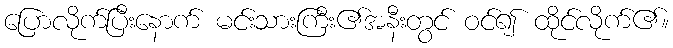
ပြောလိုက်ပြီးနောက် မင်းသားကြီး၏အနီးတွင် ဝင်၍ ထိုင်လိုက်၏။